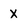
Character: X